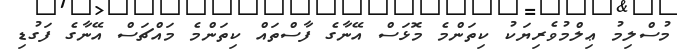
މުސްލިމު ޢިލްމުވެރިޔަކު ކިތަންމެ މޮޅަސް އޭނާގެ ފާސްތައް ކިތަންމެ މައްޗަސް އޭނާގެ ފަގުޑި